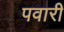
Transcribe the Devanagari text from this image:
पवारी